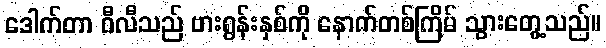
ဒေါက်တာ ဝီလီသည် ဗားရွန်းနှစ်ကို နောက်တစ်ကြိမ် သွားတွေ့သည်။